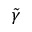
\Tilde { \gamma }